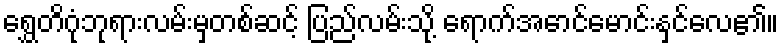
ရွှေတိဂုံဘုရားလမ်းမှတစ်ဆင့် ပြည်လမ်းသို့ ရောက်အောင်မောင်းနှင်လေ၏။